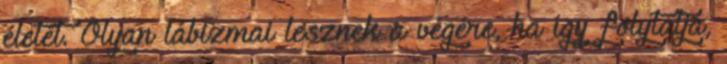
életét. Olyan lábizmai lesznek a végére, ha így folytatja,